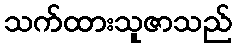
သက်ထားသူဇာသည်